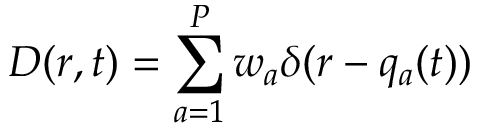
D ( r , t ) = \sum _ { a = 1 } ^ { P } w _ { a } \delta ( r - { q } _ { a } ( t ) )